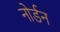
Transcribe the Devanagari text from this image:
नोर्डन